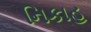
નિકાહ